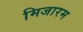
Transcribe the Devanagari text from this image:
मिजारम